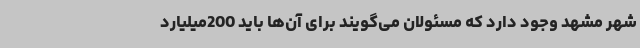
شهر مشهد وجود دارد که مسئولان می‌گویند برای آن‌ها باید 200میلیارد